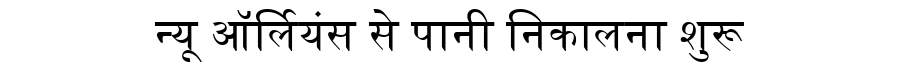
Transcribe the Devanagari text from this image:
न्यू ऑर्लियंस से पानी निकालना शुरू